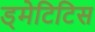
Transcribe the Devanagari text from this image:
ड्मेटिटिस